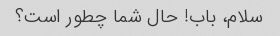
سلام، باب! حال شما چطور است؟